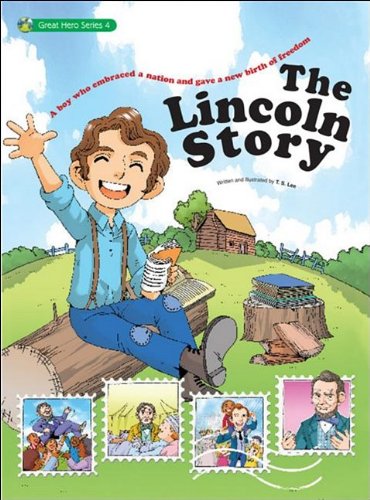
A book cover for The Lincoln Story: The Boy Who Embraced a Nation (Great Heroes); T.S. Lee; Comics & Graphic Novels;